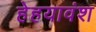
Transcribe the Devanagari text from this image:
हेहयावंश